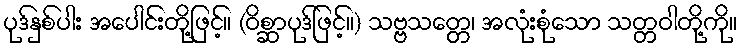
ပုဒ်နှစ်ပါး အပေါင်းတို့ဖြင့်။ (ဝိစ္ဆာပုဒ်ဖြင့်။) သဗ္ဗသတ္တေ၊ အလုံးစုံသော သတ္တဝါတို့ကို။